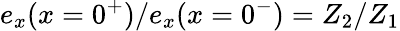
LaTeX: {e_{x}(x=0^{+})/e_{x}(x=0^{-})=Z_{2}/Z_{1}}